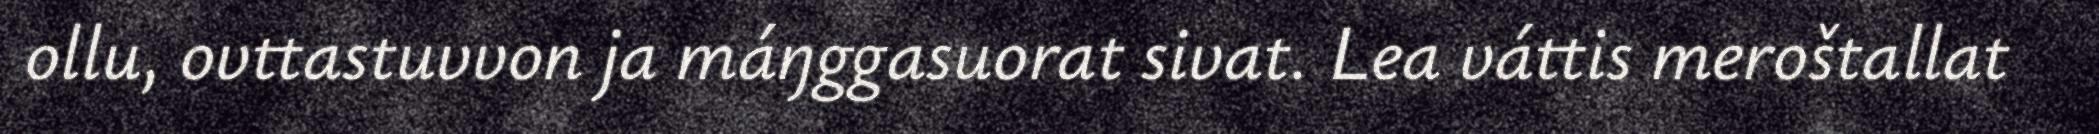
ollu, ovttastuvvon ja máŋggasuorat sivat. Lea váttis meroštallat